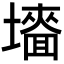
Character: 𡒜